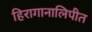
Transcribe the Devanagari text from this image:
हिरागानालिपीत